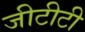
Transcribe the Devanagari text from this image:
जीटीटी